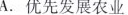
A.优先发展农业